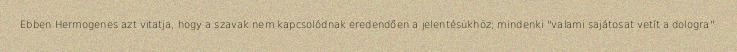
Ebben Hermogenes azt vitatja, hogy a szavak nem kapcsolódnak eredendően a jelentésükhöz; mindenki "valami sajátosat vetít a dologra".